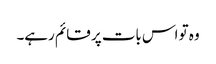
وہ تو اس بات پر قائم رہے۔